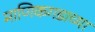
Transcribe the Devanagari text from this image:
माणिकगडाच्या